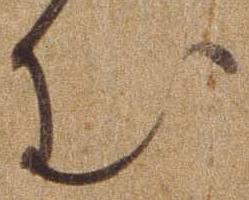
む